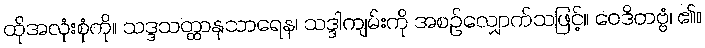
ထိုအလုံးစုံကို။ သဒ္ဒသတ္ထာနုသာရေန၊ သဒ္ဒါကျမ်းကို အစဉ်လျှောက်သဖြင့်။ ဝေဒိတဗ္ဗံ၊ ၏။